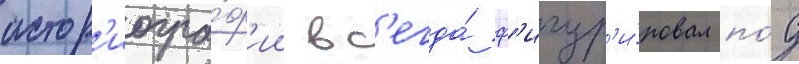
истор'иогра́ф'ии вс'егда́ ф'игур'и́ровал по́д